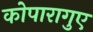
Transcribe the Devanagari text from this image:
कोपारागुए